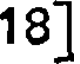
18]